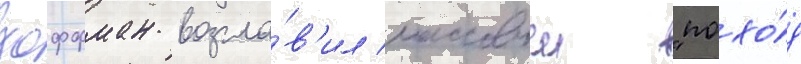
хоффман возгла́в'ил массовыи "похо́д